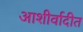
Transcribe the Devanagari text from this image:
आशीर्वादीत